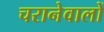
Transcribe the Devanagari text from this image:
चरानेवालों